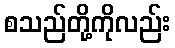
စသည်တို့ကိုလည်း